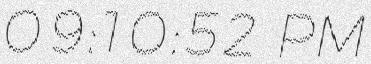
09:10:52 PM